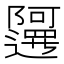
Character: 𲉤